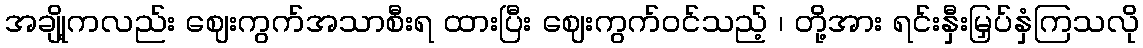
အချို့ကလည်း ဈေးကွက်အသာစီးရ ထားပြီး ဈေးကွက်ဝင်သည့် ၊ တို့အား ရင်းနှီးမြှပ်နှံကြသလို